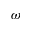
\omega